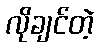
လိုချင်တဲ့